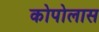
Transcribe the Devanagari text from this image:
कोपोलास